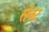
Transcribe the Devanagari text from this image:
सेक्‍ट